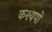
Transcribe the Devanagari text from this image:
कश्यपो